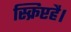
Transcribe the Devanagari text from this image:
स्क्रिप्टहै।